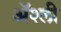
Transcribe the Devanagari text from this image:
ॲश्ली